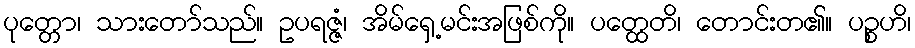
ပုတ္တော၊ သားတော်သည်။ ဥပရဇ္ဇံ၊ အိမ်ရှေ့မင်းအဖြစ်ကို။ ပတ္ထေတိ၊ တောင်းတ၏။ ပဉ္စဟိ၊